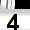
Digit: 4